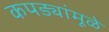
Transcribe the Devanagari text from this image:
कपड्यांमूळे